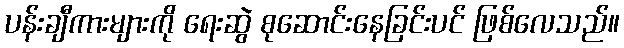
ပန်းချီကားများကို ရေးဆွဲ စုဆောင်းနေခြင်းပင် ဖြစ်လေသည်။